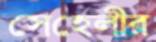
সেহেলীর